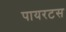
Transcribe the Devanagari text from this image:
पायरटस